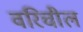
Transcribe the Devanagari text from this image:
वरिचील